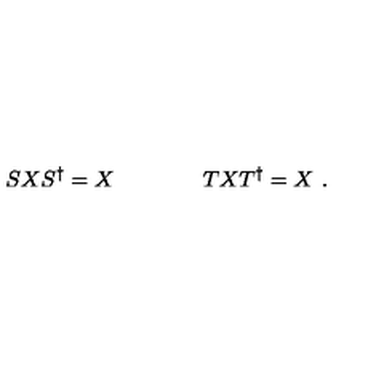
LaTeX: S X S ^ { \dagger } = X \qquad \qquad T X T ^ { \dagger } = X \ .